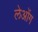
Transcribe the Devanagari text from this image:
लेओंग